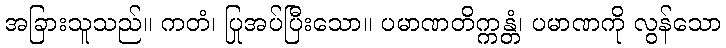
အခြားသူသည်။ ကတံ၊ ပြုအပ်ပြီးသော။ ပမာဏတိက္ကန္တံ၊ ပမာဏကို လွန်သော